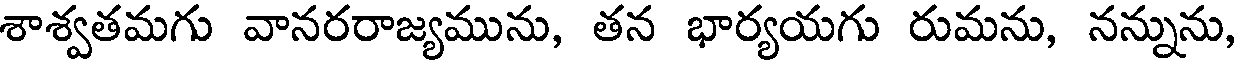
శాశ్వతమగు వానరరాజ్యమును, తన భార్యయగు రుమను, నన్నును,